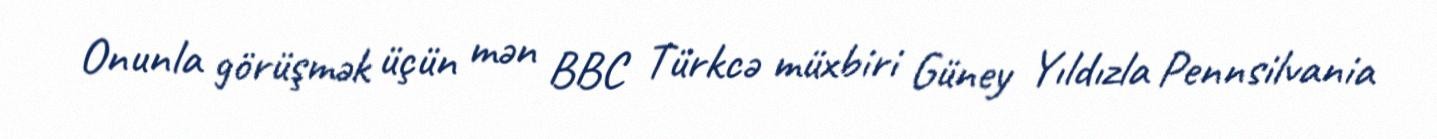
Onunla görüşmək üçün mən BBC Türkcə müxbiri Güney Yıldızla Pennsilvania